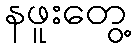
နဖူးတွေ့